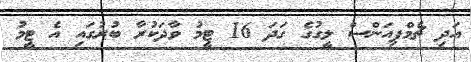
އަދި ޗެމްޕިއަންސް ލީގުގެ ގަދަ 16 ޓީމު ވާދަކުރާ ބުރުގައި އެ ޓީމު